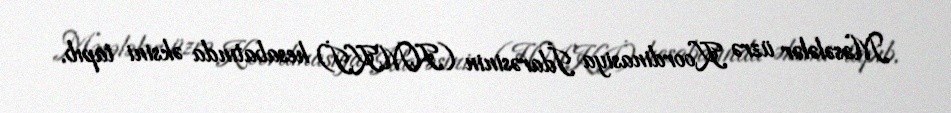
Məsələlər üzrə Koordinasiya İdarəsinin (HMKİ) hesabatında əksini tapıb.